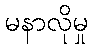
မနာလိုမှု